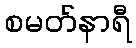
စမတ်နာရီ